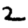
Digit: 2